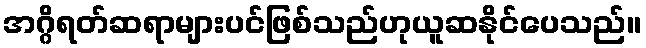
အဂ္ဂိရတ်ဆရာများပင်ဖြစ်သည်ဟုယူဆနိုင်ပေသည်။